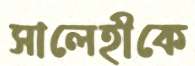
সালেহীকে